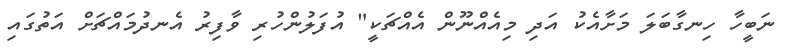
ނަބީހާ ހިނގާބަލަ މަށާއެކު އަދި މިއެއްނޫން އެއްޗަކީ" އުފަލުންހުރި ވާފިރު އެނދުމައްޗަށް އަތުގައި